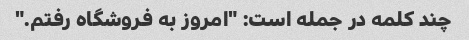
چند کلمه در جمله است: "امروز به فروشگاه رفتم."